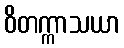
ဝိတက္ကာသယာ